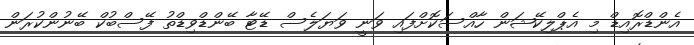
އެންޑްރޮއިޑް މި އެޕްލިކޭޝަން ހާއްސަކޮށްފައި ވަނީ ވަޔަލެސް ޑޭޓާ ބޭންޑްވިޑްތު ފޭސްބުކް ބޭނުންކުރަން